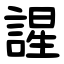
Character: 謃